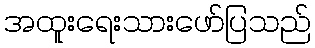
အထူးရေးသားဖော်ပြသည်